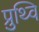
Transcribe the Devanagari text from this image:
प्रुथ्वि